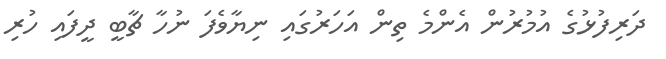
ދަރިފުޅުގެ އުމުރުން އެންމެ ތިން އަހަރުގައި ނިޔާވެފަ ނުހާ ޗާބީ ދީފައި ހުރި